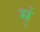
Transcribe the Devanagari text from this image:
म्ं